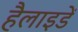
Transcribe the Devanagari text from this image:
हैलाइडें